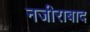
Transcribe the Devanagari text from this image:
नजीराबाद